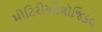
મીટિરીઓલૉજિકલ